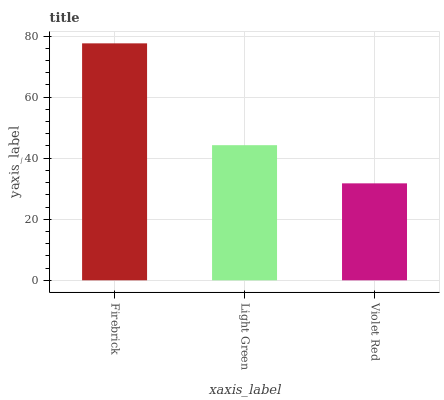
| xaxis_label | bars |
 | --- | --- |
 | Firebrick | 77.6 |
 | Light Green | 44.3 |
 | Violet Red | 31.8 |